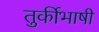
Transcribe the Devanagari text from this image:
तुर्कीभाषी